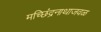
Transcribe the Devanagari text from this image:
मच्छिंद्रनाथाजवळ